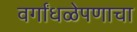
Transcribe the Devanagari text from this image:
वर्गांधळेपणाचा